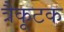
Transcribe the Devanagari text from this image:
त्रैकूटक